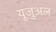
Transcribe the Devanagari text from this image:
यूजुअल